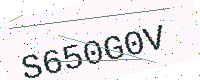
Text: S650G0V